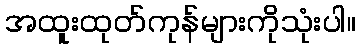
အထူးထုတ်ကုန်များကိုသုံးပါ။